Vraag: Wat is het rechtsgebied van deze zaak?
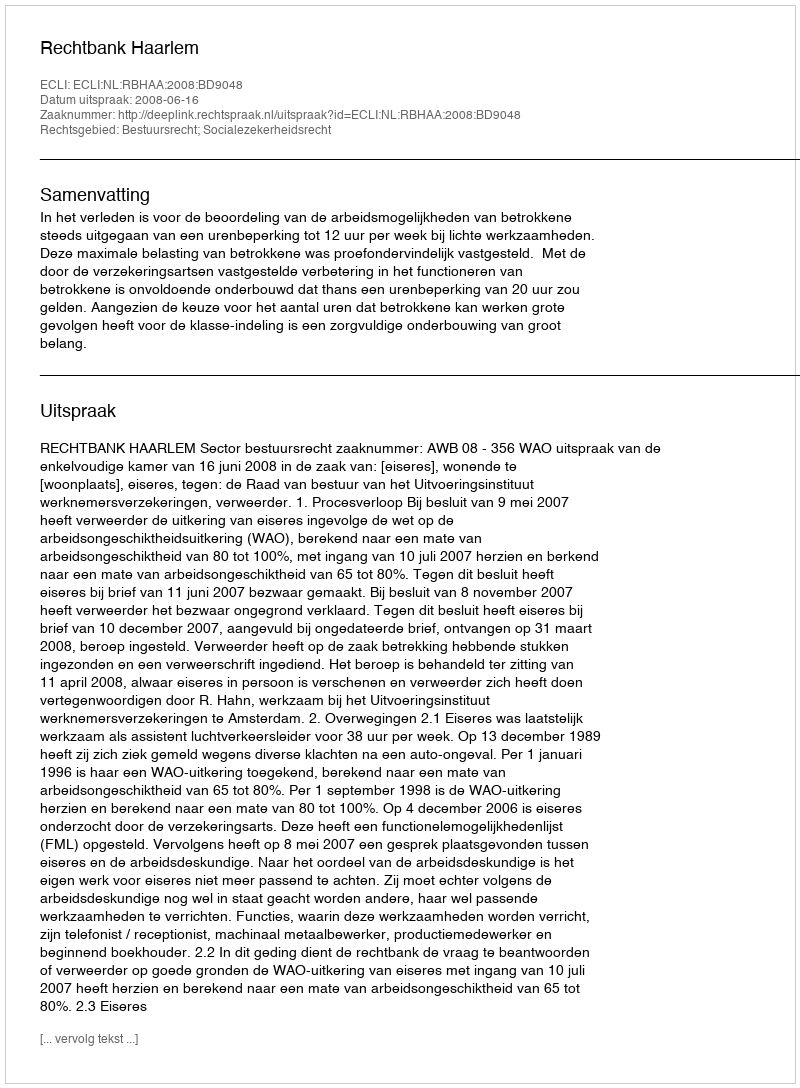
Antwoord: Bestuursrecht; Socialezekerheidsrecht